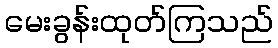
မေးခွန်းထုတ်ကြသည်